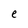
Character: e